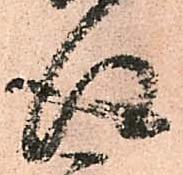
得